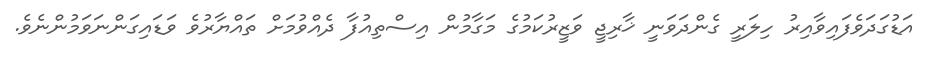
އަޑުގަދަވެފައިވާއިރު ހިލަރީ ގެންދަވަނީ ޚާރިޖީ ވަޒީރުކަމުގެ މަގާމުން އިސްތިއުފާ ދެއްވުމަށް ތައްޔާރުވެ ވަޑައިގަންނަވަމުންނެވެ.